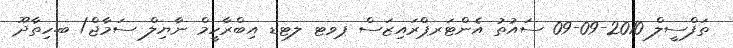
ތަފްސީލް 2010-09-09 ސައުތު އެންޓަރޕްރައިޒަސް ޕވޓ ލޓޑ އިބްރާހީމް ނާޔިލް ސަމާޖް/ ބ.ހިތާދޫ